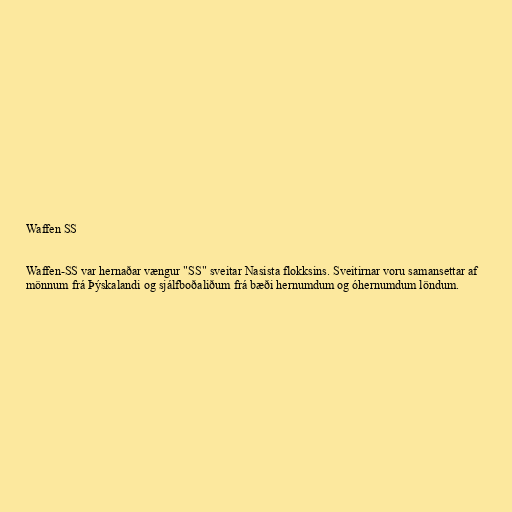
Waffen SS

Waffen-SS var hernaðar vængur "SS" sveitar Nasista flokksins. Sveitirnar voru samansettar af
mönnum frá Þýskalandi og sjálfboðaliðum frá bæði hernumdum og óhernumdum löndum.